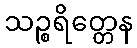
သဉ္စရိတ္တေန